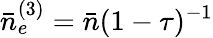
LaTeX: \bar{n}_{e}^{(3)}=\bar{n}(1-\tau)^{-1}